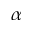
\alpha